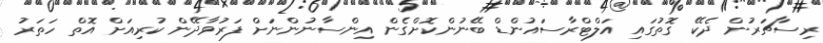
ރިސާޗަރުން ދެކޭ ގޮތުގައި އަލްޓްރާސައުންޑް ބޭނުންކޮށްގެން އިންސާނުންނަށް ފަރުވާދޭން ކުރިއަށް އޮތް ހަތަރު